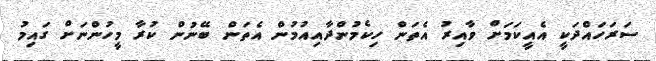
ސަރަހައްދަކީ އެއީކަމަށް ވާއިރު އެތަން ހިކެމުންދާއިއުމުން އެތަން ބޭނުން ކުރާ މީހުންނަށް ގައިމު